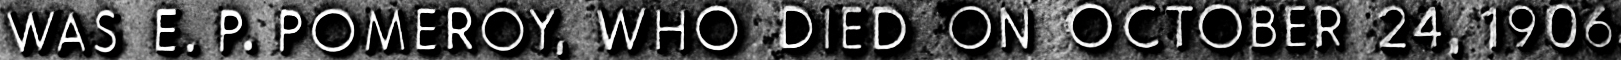
WAS E. P, POMEROY, WHO DIED ON OCTOBER 24, 1906